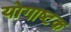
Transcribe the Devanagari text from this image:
योगाष्टक